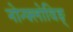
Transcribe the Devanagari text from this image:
नोन्फ्लोविङ्